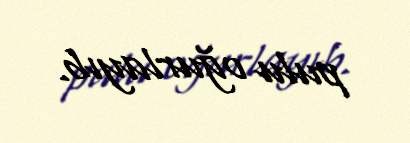
pulu oğurlayıb.